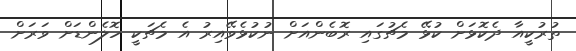
ތުރުކީއާ ދެކޮޅަށް ކުޅޭ މެޗުގައި ރޮބެންއަށް ނުކުޅެވޭއިރު އެ މެޗަކީ ހޮލެންޑަށް ވަރަށް